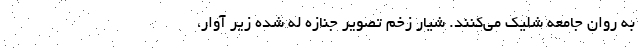
به روان جامعه شلیک می‌کنند. شیار زخمِ تصویر جنازه له شده زیر آوار،